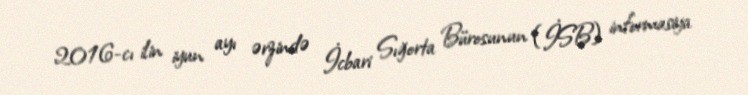
2016-cı ilin iyun ayı ərzində İcbari Sığorta Bürosunun (İSB) informasiya